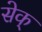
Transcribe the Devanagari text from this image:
सेक्